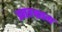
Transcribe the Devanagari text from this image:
झाडग्राम